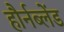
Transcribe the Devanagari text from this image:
हौर्नब्लेंड